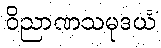
ဝိညာဏသမုဒယံ